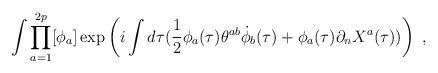
LaTeX: \begin{align*}\int \prod_{a=1}^{2p}[\phi_a]\exp\left(i\int d\tau(\frac{1}{2}\phi_a(\tau)\theta^{ab}\dot{\phi}_b(\tau)+\phi_a(\tau)\partial_nX^a (\tau))\right) \ ,\end{align*}